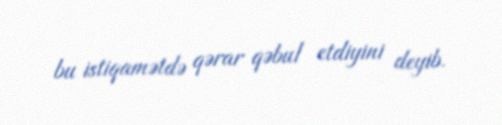
bu istiqamətdə qərar qəbul etdiyini deyib.